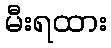
မီးရထား